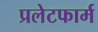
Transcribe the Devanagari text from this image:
प्रलेटफार्म